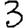
Digit: 3